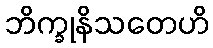
ဘိက္ခုနိသတေဟိ